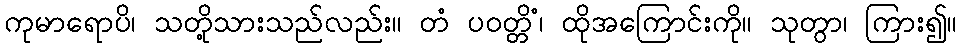
ကုမာရောပိ၊ သတို့သားသည်လည်း။ တံ ပဝတ္တိံ၊ ထိုအကြောင်းကို။ သုတွာ၊ ကြား၍။